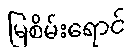
မြစိမ်းရောင်